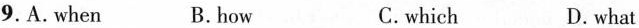
9.A. When B.how C.which D.what